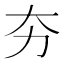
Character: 夯